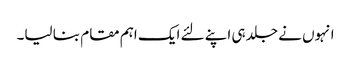
انہوں نے جلد ہی اپنے لئے ایک اہم مقام بنا لیا۔